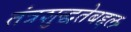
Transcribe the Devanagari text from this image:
तंत्रशुद्धतेबद्दल